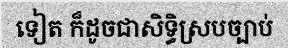
ទៀត ក៏ដូចជាសិទ្ធិស្របច្បាប់